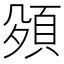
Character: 𮨅